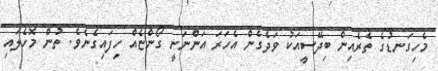
މެހިގަނޑުގެ ތެރެއިން ބިދޭސީއަކު ވަދެގެން އެހަރަ އަންނަނީ ގޯންޏެއް ހިފައިގެނެވެ. ތުން މޮހެލައި